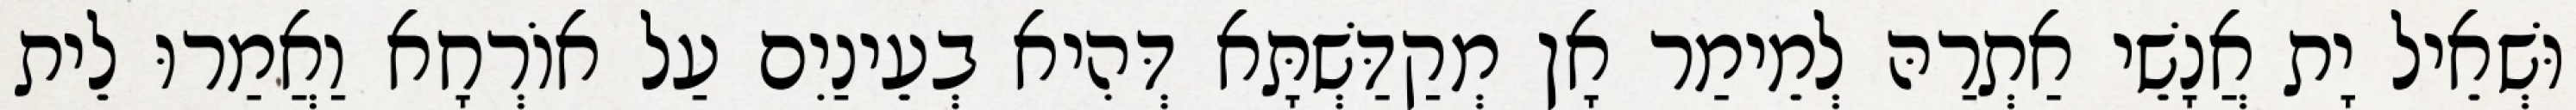
וּשְׁאֵיל יָת אֲנָשֵׁי אַתְרַהּ לְמֵימַר אָן מְקַדַּשְׁתָּא דְּהִיא בְעֵינַיִם עַל אוֹרְחָא וַאֲמַרוּ לֵית